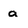
Character: a